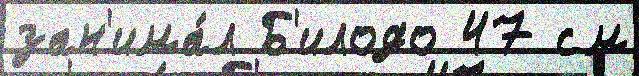
зан'има́л Б'илодо 47 см